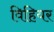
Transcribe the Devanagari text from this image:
विहियर